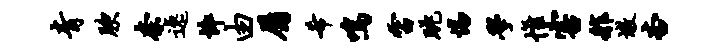
青腴奈逸悴由属希鸣雷眺惕学帷害舴墩杏